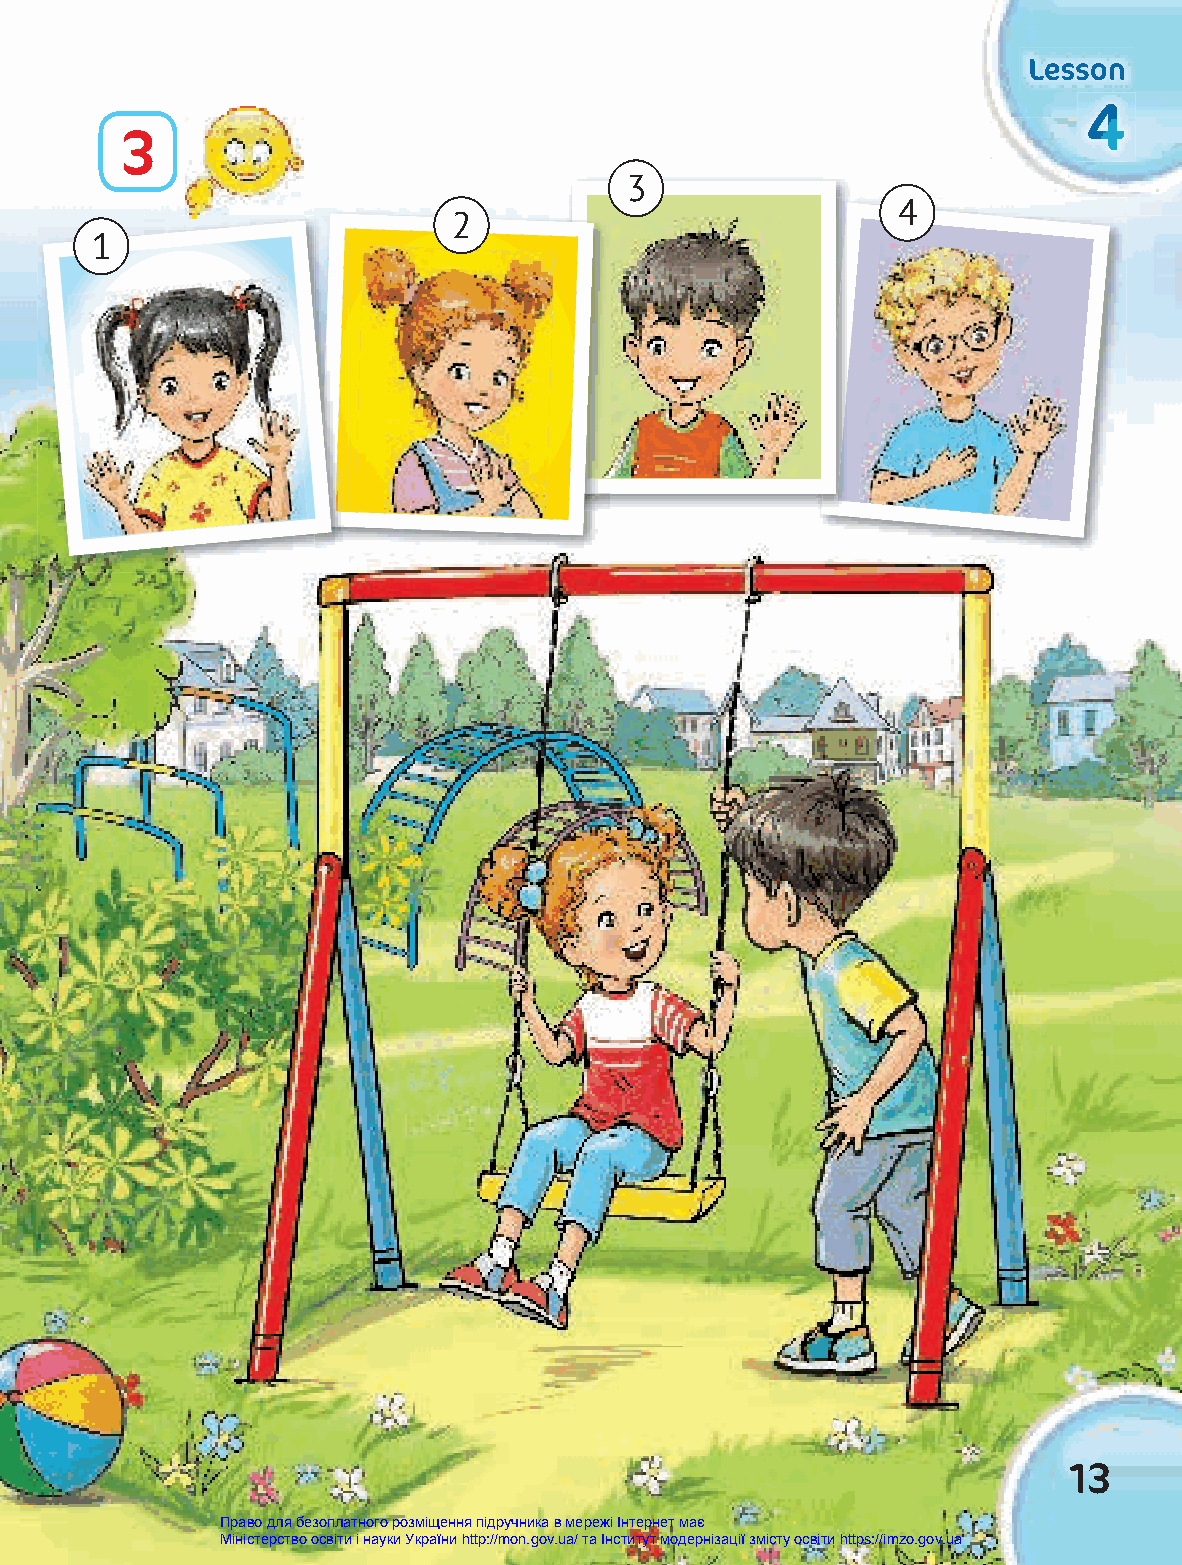
LLLeeessssssooonnn
 444444
 3
 3
 4
 2
 1
 13
 Право для безоплатного розміщення підручника в мережі Інтернет має
 Міністерство освіти і науки України http://mon.gov.ua/ та Інститут модернізації змісту освіти https://imzo.gov.ua